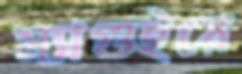
ম্যাগুইরে